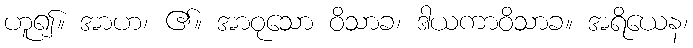
ဟူ၍။ အာဟ၊ ၏။ အာဝုသော ဝိသာခ၊ ဒါယကာဝိသာခ။ အရိယေန၊